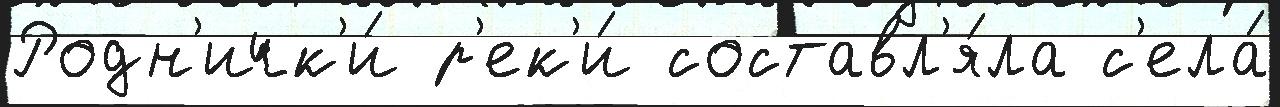
Родн'ичк'и́ р'ек'и́ составл'я́ла с'ела́